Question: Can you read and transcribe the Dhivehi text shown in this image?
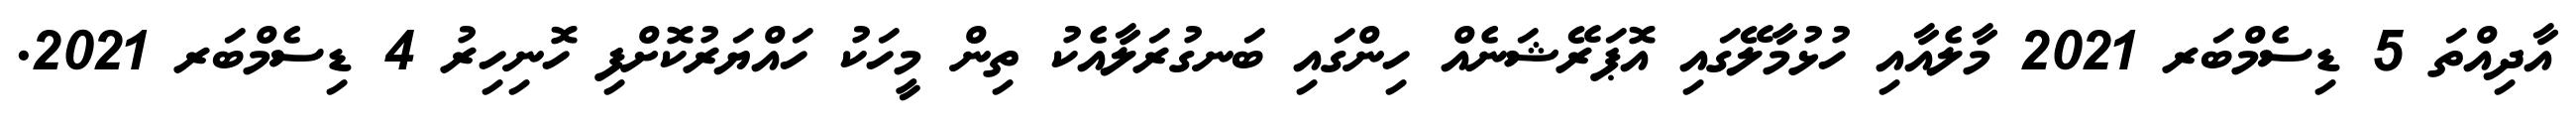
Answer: އާދިއްތަ 5 ޑިސެމްބަރ 2021 މާލެއާއި ހުޅުމާލޭގައި އޮޕަރޭޝަނެއް ހިންގައި ބަނގުރަލާއެކު ތިން މީހަކު ހައްޔަރުކޮށްފި ހޮނިހިރު 4 ޑިސެމްބަރ 2021.